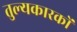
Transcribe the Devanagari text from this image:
तुल्यकारकों